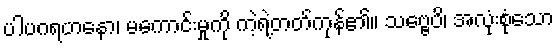
ပါပဂရဟနော၊ မကောင်းမှုကို ကဲ့ရဲ့တတ်ကုန်၏။ သဗ္ဗေပိ၊ အလုံးစုံသော